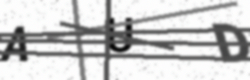
Text: AUD